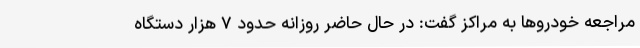
مراجعه خودروها به مراکز گفت: در حال حاضر روزانه حدود ۷ هزار دستگاه